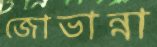
জোভান্না